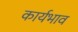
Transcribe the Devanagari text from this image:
कार्यभाव